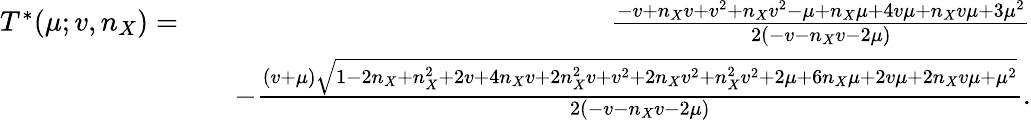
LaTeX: \begin{array}{rlr}{T^{\ast}(\mu;v,n_{X})=}&{}&{\frac{-v+n_{X}v+v^{2}+n_{X}v^{2}-\mu+n_{X}\mu+4v\mu+n_{X}v\mu+3\mu^{2}}{2(-v-n_{X}v-2\mu)}}\\ &{}&{-\frac{(v+\mu)\sqrt{1-2n_{X}+n_{X}^{2}+2v+4n_{X}v+2n_{X}^{2}v+v^{2}+2n_{X}v^{2}+n_{X}^{2}v^{2}+2\mu+6n_{X}\mu+2v\mu+2n_{X}v\mu+\mu^{2}}}{2(-v-n_{X}v-2\mu)}.}\end{array}